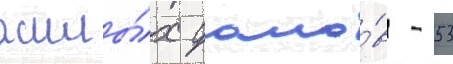
жилы́х домо́в - 53